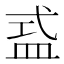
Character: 𥁦